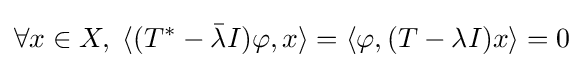
\forall x\in X,\;\langle (T^{*}-{\bar {\lambda }}I)\varphi ,x\rangle =\langle \varphi ,(T-\lambda I)x\rangle =0